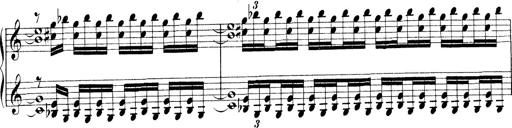
Title: Technische Studien
Composer: Franz Liszt